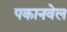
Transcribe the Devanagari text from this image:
पकानवेल